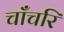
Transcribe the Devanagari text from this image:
चाँचरि